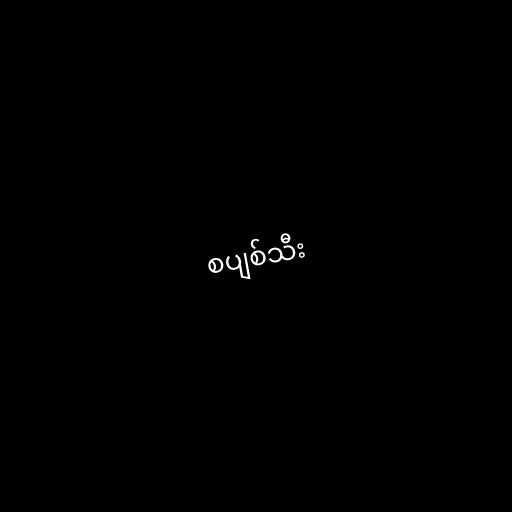
စပျစ်သီး